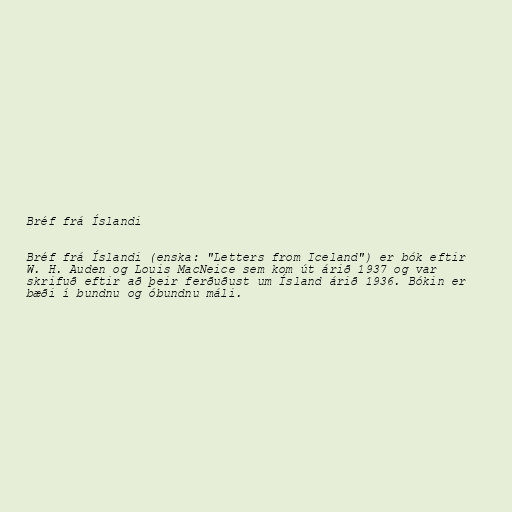
Bréf frá Íslandi

Bréf frá Íslandi (enska: "Letters from Iceland") er bók eftir
W. H. Auden og Louis MacNeice sem kom út árið 1937 og var
skrifuð eftir að þeir ferðuðust um Ísland árið 1936. Bókin er
bæði í bundnu og óbundnu máli.